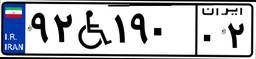
۹۸W۱۱۶۱۸